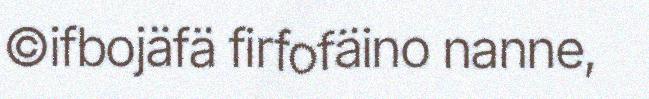
©ifbojäfä firfofäino nanne,